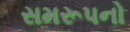
સમરૂપનો